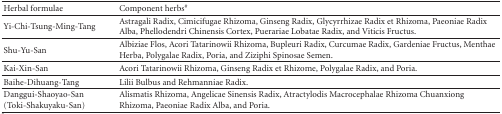
<table><thead><tr><td><b>Herbal formulae</b></td><td><b>Component herbs<sup>#</sup></b></td></tr></thead><tbody><tr><td>Yi-Chi-Tsung-Ming-Tang</td><td>Astragali Radix, Cimicifugae Rhizoma, Ginseng Radix, Glycyrrhizae Radix et Rhizoma, Paeoniae Radix Alba, Phellodendri Chinensis Cortex, Puerariae Lobatae Radix, and Viticis Fructus.</td></tr><tr><td>Shu-Yu-San</td><td>Albiziae Flos, Acori Tatarinowii Rhizoma, Bupleuri Radix, Curcumae Radix, Gardeniae Fructus, Menthae Herba, Polygalae Radix, Poria, and Ziziphi Spinosae Semen.</td></tr><tr><td>Kai-Xin-San</td><td>Acori Tatarinowii Rhizoma, Ginseng Radix et Rhizome, Polygalae Radix, and Poria.</td></tr><tr><td>Baihe-Dihuang-Tang</td><td>Lilii Bulbus and Rehmanniae Radix.</td></tr><tr><td>Danggui-Shaoyao-San(Toki-Shakuyaku-San)</td><td>Alismatis Rhizoma, Angelicae Sinensis Radix, Atractylodis Macrocephalae Rhizoma Chuanxiong Rhizoma, Paeoniae Radix Alba, and Poria.</td></tr></tbody></table>